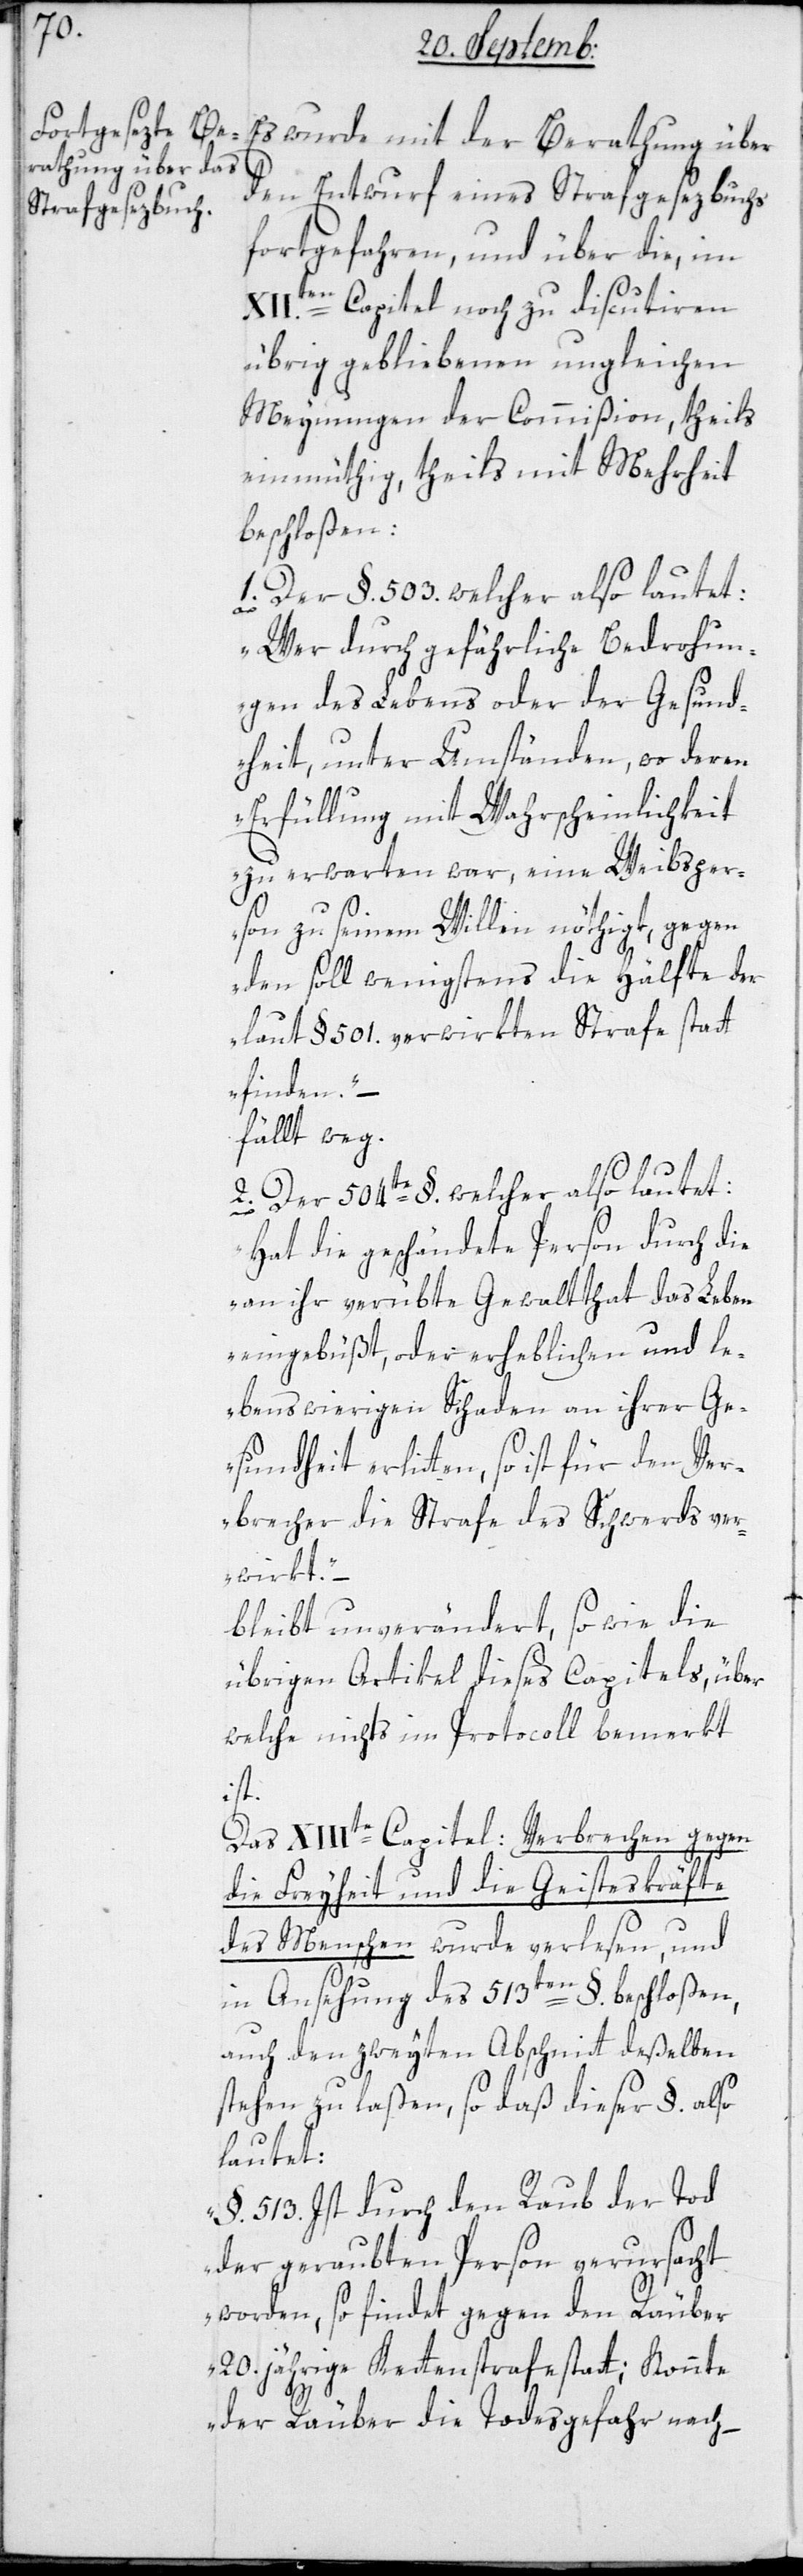
Es wurde mit der Berathung über
den Entwurf eines Strafgesezbuchs
fortgefahren, und über die im
XII.ten Capitel noch zu discutieren
übrig gebliebenen ungleichen
Meynungen der Commißion, theils
einmüthig, theils mit Mehrheit
beschloßen:
1. Der §. 503. welcher also lautet:
„Wer durch gefährliche Bedrohun¬
gen des Lebens oder der Gesund¬
heit, unter Umständen, wo deren
Erfüllung mit Wahrscheinlichkeit
zu erwarten war, eine Weibsper¬
son zu seinem Willen nöthigt, gegen
den soll wenigstens die Hälfte der
laut §. 501. verwirkten Strafe stat¬
tfinden“, –
fällt weg.
2. Der 504te §. welcher also lautet:
„Hat die geschändete Person durch die
an ihr verübte Gewaltthat das Leben
eingebüßt oder erheblichen und le¬
benswierigen Schaden an ihrer Ge¬
sundheit erlitten, so ist für den Ver¬
brecher die Strafe des Schwerds ver¬
wirkt“, –
bleibt unverändert, sowie die
übrigen Artikel dieses Capitels, über
welche nichts im Protocoll bemerkt
ist.
Das XIIIte Capitel: Verbrechen gegen
die Freiheit und die Geisteskräfte
des Menschen wurde verlesen, und
in Ansehung des 513ten §. beschloßen,
auch den zweyten Abschnitt deßelben
stehen zu laßen, so daß dieser §. also
lautet:
„§. 513. Ist durch den Raub der Tod
der geraubten Person verursacht
worden, so findet gegen den Räuber
20.jährige Kettenstrafe statt; Konnte
der Räuber die Todesgefahr nach